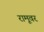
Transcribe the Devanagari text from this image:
रामूवर